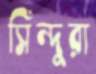
সিঁন্দুরা